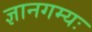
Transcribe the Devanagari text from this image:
ज्ञानगम्यः